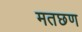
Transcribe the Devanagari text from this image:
मतछण